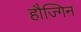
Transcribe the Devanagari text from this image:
हौज्गिन